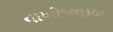
નાખોજવાબ